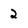
Character: 2